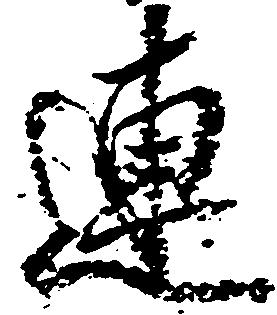
連